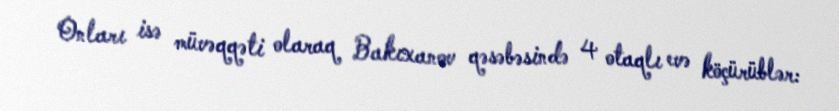
Onları isə müvəqqəti olaraq Bakıxanov qəsəbəsində 4 otaqlı evə köçürüblər: